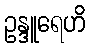
ဥန္ဒူရေဟိ